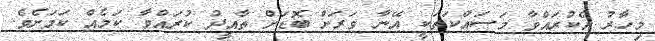
މިހާރު އެކުރައްވާ މަސައްކަތަކީ އޭނާ ވަރަށް ބޮޑަށް ތާއީދު ކުރައްވާ ކަމެއް ކަމަށެވެ.